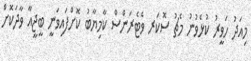
މިއަދު ހަވީރު ކުޅެވުނު މެޗު ސޮކަރ ވެޓެރަންސް ކާމިޔާބު ކޮށްފައިވަނީ ބީޖީއާ ވާދަކޮށް